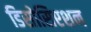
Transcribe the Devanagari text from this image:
डिसोसिएशन